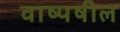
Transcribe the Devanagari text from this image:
वाष्पषील